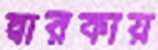
দ্বারকায়